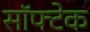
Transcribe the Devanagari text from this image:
सॉफ्टेक